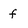
Character: f